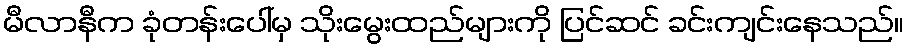
မီလာနီက ခုံတန်းပေါ်မှ သိုးမွေးထည်များကို ပြင်ဆင် ခင်းကျင်းနေသည်။